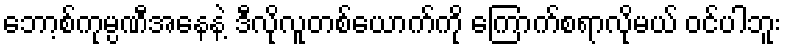
ဘော့စ်ကုမ္ပဏီအနေနဲ့ ဒီလိုလူတစ်ယောက်ကို ကြောက်စရာလိုမယ် ဝင်ပါဘူး